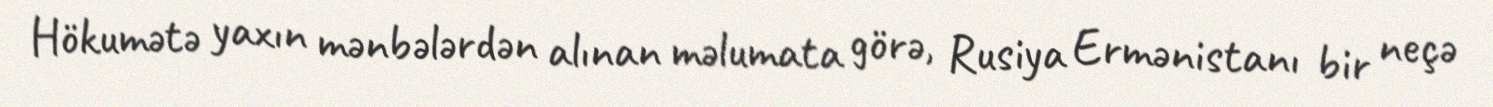
Hökumətə yaxın mənbələrdən alınan məlumata görə, Rusiya Ermənistanı bir neçə